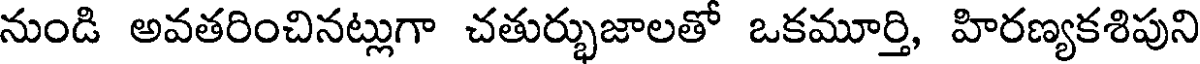
నుండి అవతరించినట్లుగా చతుర్భుజాలతో ఒకమూర్తి, హిరణ్యకశిపుని